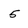
Character: 5